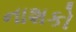
નાશકો